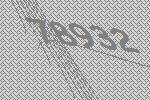
78932